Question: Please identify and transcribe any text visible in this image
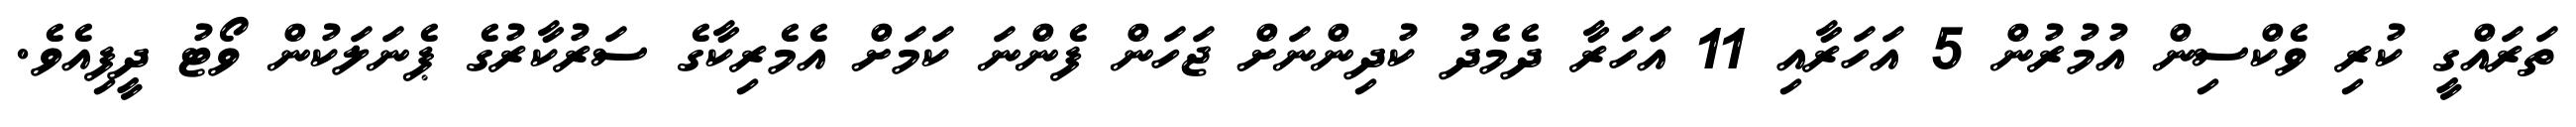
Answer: ތަރައްގީ ކުރި ވެކްސިން އުމުރުން 5 އަހަރާއި 11 އަހަރާ ދެމެދު ކުދިންނަށް ޖަހަން ފެންނަ ކަމަށް އެމެރިކާގެ ސަރުކާރުގެ ޕެނަލަކުން ވޯޓު ދީފިއެވެ.